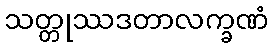
သတ္တုဿဒတာလက္ခဏံ